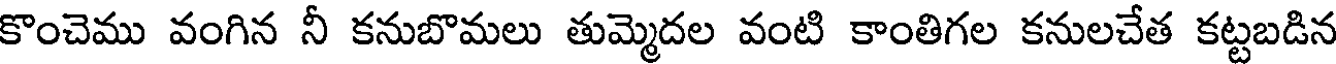
కొంచెము వంగిన నీ కనుబొమలు తుమ్మెదల వంటి కాంతిగల కనులచేత కట్టబడిన